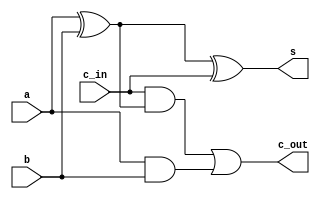
module full_adder(   
    input a,
    input b,
    input c_in,
    output s,
    output c_out
);

assign s = (a^b)^c_in;
assign c_out = c_in & (a ^ b) | (a & b);

endmodule